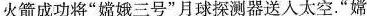
火箭成功将”嫦娥三号”月球探测器送人太空.”嫦